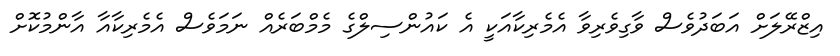
އިޒްރޭލަށް އަބަދުވެސް ވާގިވެރިވާ އެމެރިކާއަކީ އެ ކައުންސިލްގެ މެމްބަރެއް ނަމަވެސް އެމެރިކާއާ އާންމުކޮށް